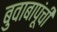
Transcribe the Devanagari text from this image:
बुवाबापूंची